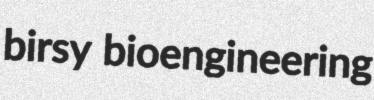
birsy bioengineering